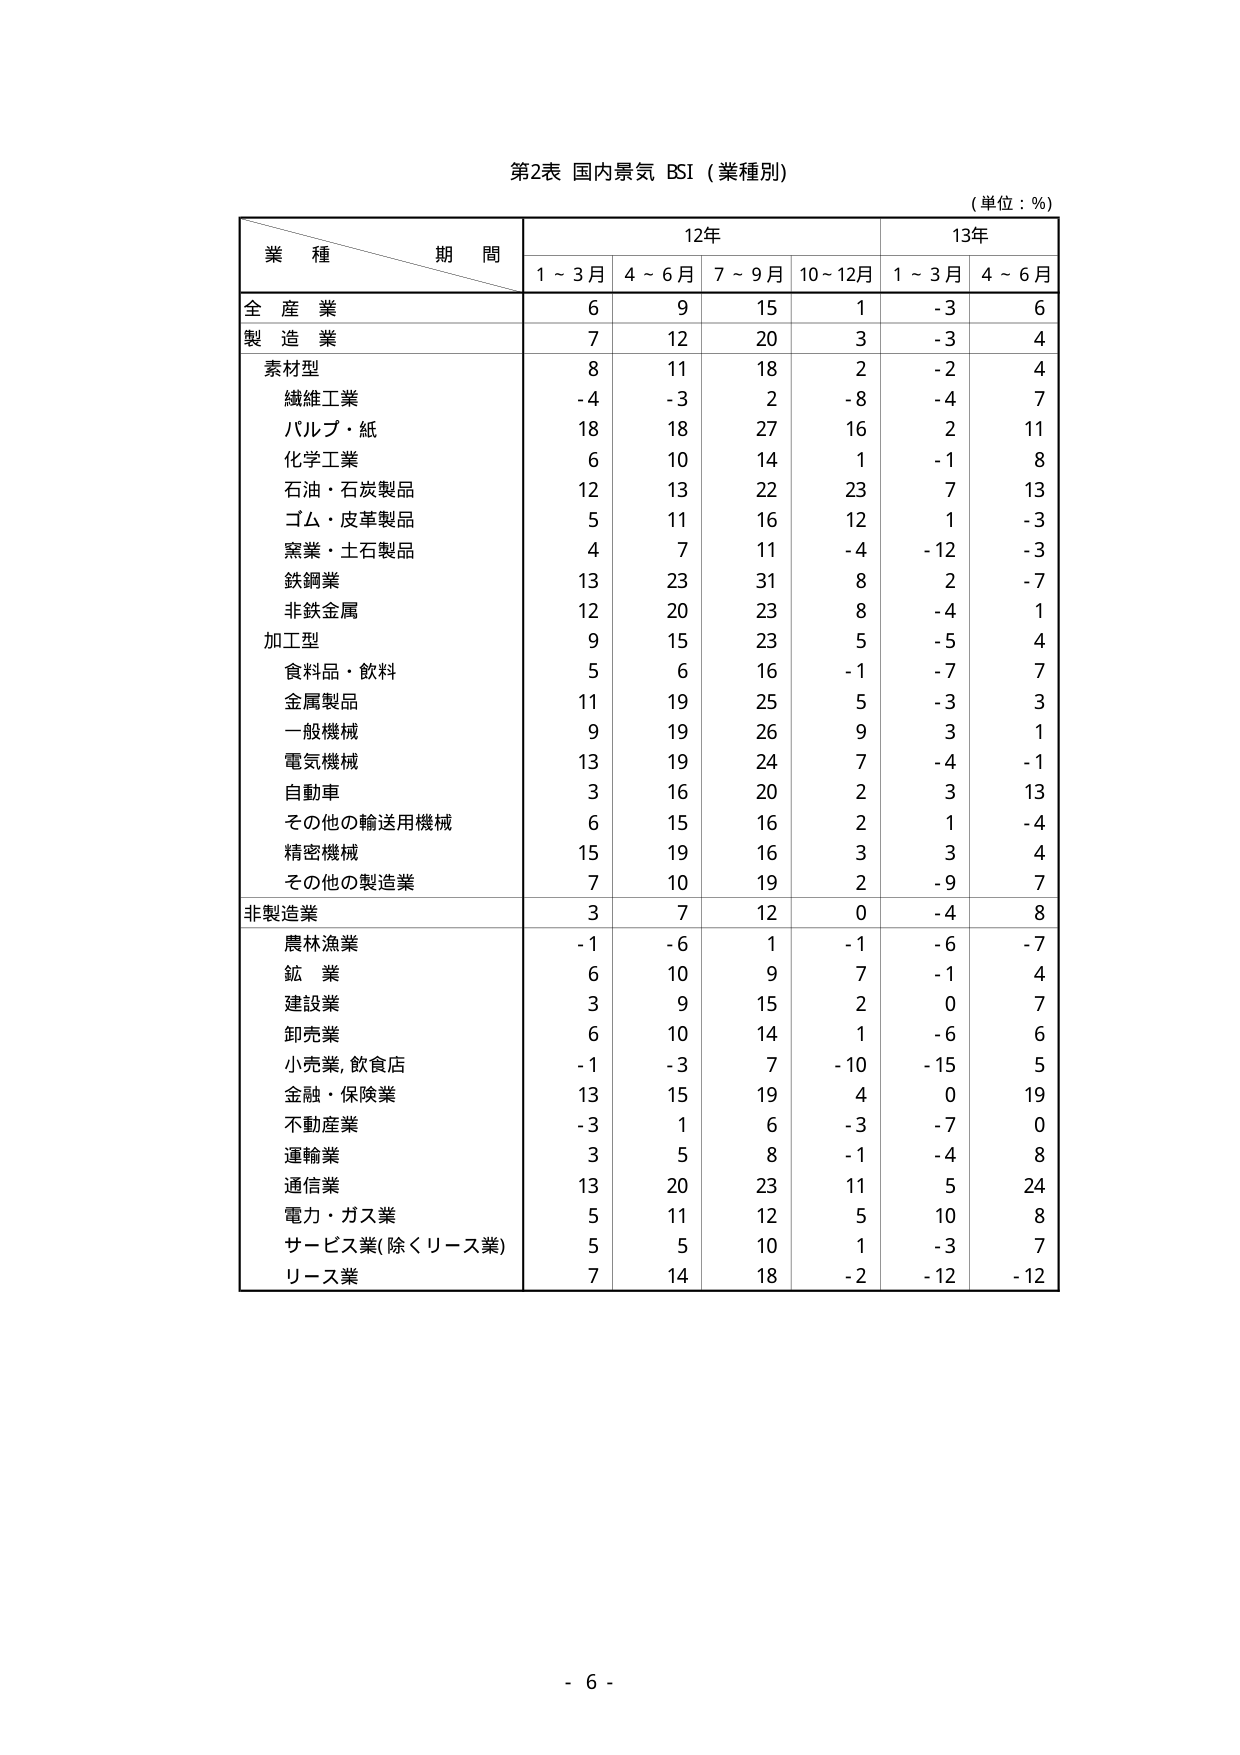
第2表 国内景気 BSI（業種別）
（単位：％）

業種 期間
12年 13年
1～3月 4～6月 7～9月 10～12月 1～3月 4～6月

全産業 6 9 15 1  -3 6
製造業 7 12 20 3  -3 4
　素材型 8 11 18 2  -2 4
　　繊維工業 -4 -3 2 -8 -4 7
　　パルプ・紙 18 18 27 16 2 11
　　化学工業 6 10 14 1 -1 8
　　石油・石炭製品 12 13 22 23 7 13
　　ゴム・皮革製品 5 11 16 12 1 -3
　　窯業・土石製品 4 7 11 -4 -12 -3
　　鉄鋼業 13 23 31 8 2 -7
　　非鉄金属 12 20 23 8 -4 1
　加工型 9 15 23 5 -5 4
　　食料品・飲料 5 6 16 -1 -7 7
　　金属製品 11 19 25 5 -3 3
　　一般機械 9 19 26 9 3 1
　　電気機械 13 19 24 7 -4 -1
　　自動車 3 16 20 2 3 13
　　その他の輸送用機械 6 15 16 2 1 -4
　　精密機械 15 19 16 3 3 4
　　その他の製造業 7 10 19 2 -9 7
非製造業 3 7 12 0 -4 8
　農林漁業 -1 -6 1 -1 -6 -7
　鉱業 6 10 9 7 -1 4
　建設業 3 9 15 2 0 7
　卸売業 6 10 14 1 -6 6
　小売業, 飲食店 -1 -3 7 -10 -15 5
　金融・保険業 13 15 19 4 0 19
　不動産業 -3 1 6 -3 -7 0
　運輸業 3 5 8 -1 -4 8
　通信業 13 20 23 11 5 24
　電力・ガス業 5 11 12 5 10 8
　サービス業(除くリース業) 5 5 10 1 -3 7
　リース業 7 14 18 -2 -12 -12

- 6 -